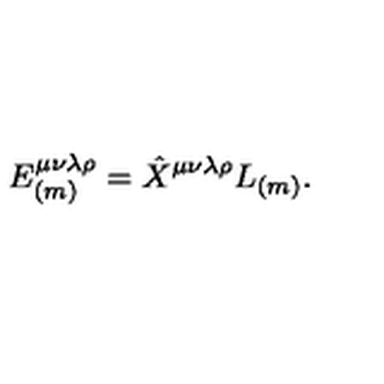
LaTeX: E _ { ( m ) } ^ { \mu \nu \lambda \rho } = \hat { X } ^ { \mu \nu \lambda \rho } L _ { ( m ) } .